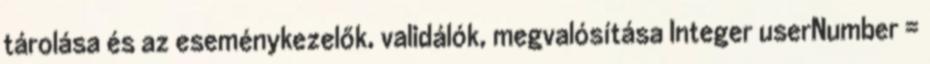
tárolása és az eseménykezelők, validálók, megvalósítása Integer userNumber =